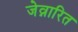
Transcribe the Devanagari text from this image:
जेव्नारित